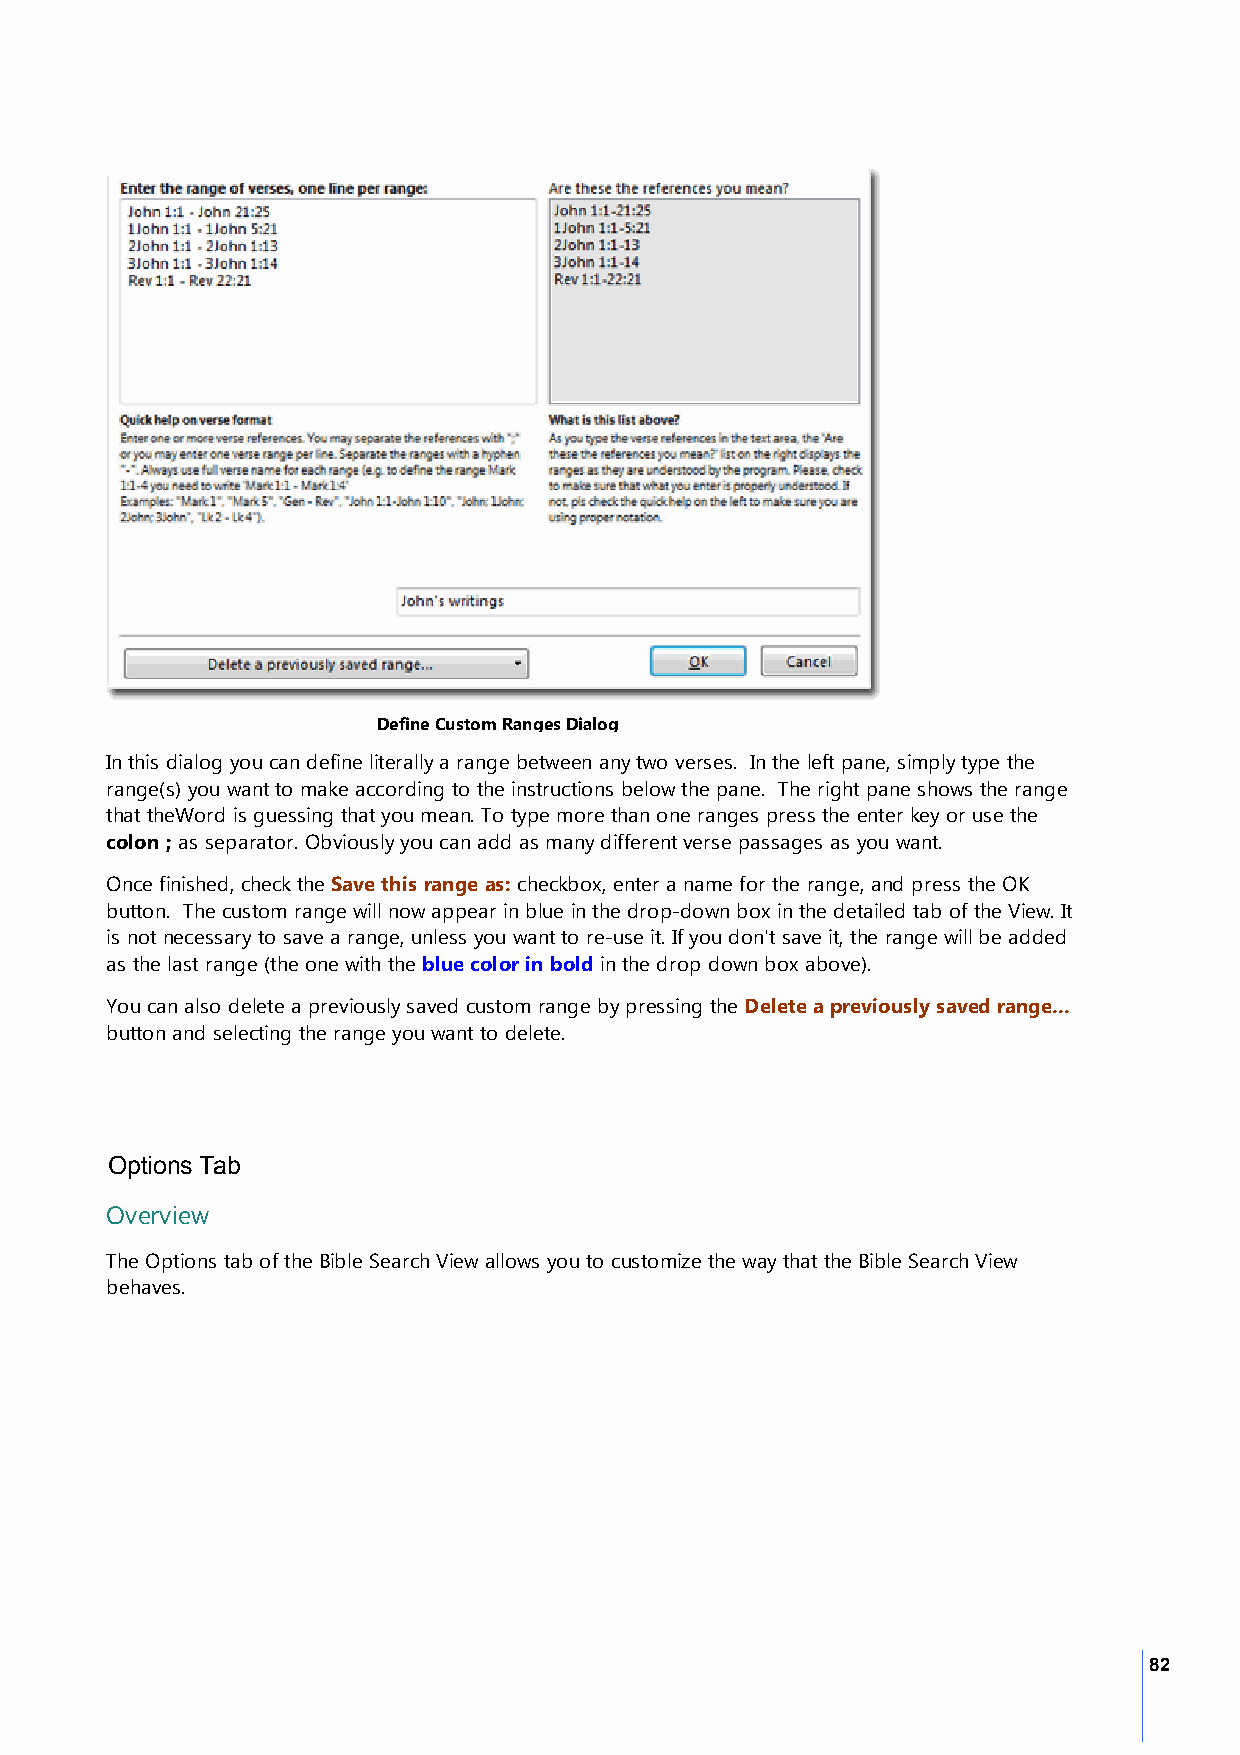
Define Custom Ranges Dialog
 In this dialog you can define literally a range between any two verses. In the left pane, simply type the
 range(s) you want to make according to the instructions below the pane. The right pane shows the range
 that theWord is guessing that you mean. To type more than one ranges press the enter key or use the
 colon ; as separator. Obviously you can add as many different verse passages as you want.
 Once finished, check the Save this range as: checkbox, enter a name for the range, and press the OK
 button. The custom range will now appear in blue in the drop-down box in the detailed tab of the View. It
 is not necessary to save a range, unless you want to re-use it. If you don't save it, the range will be added
 as the last range (the one with the blue color in bold in the drop down box above).
 You can also delete a previously saved custom range by pressing the Delete a previously saved range...
 button and selecting the range you want to delete.
 Options Tab
 Overview
 The Options tab of the Bible Search View allows you to customize the way that the Bible Search View
 behaves.
 82